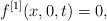
\begin{align*}f^{[1]} (x,0,t) = 0, \end{align*}